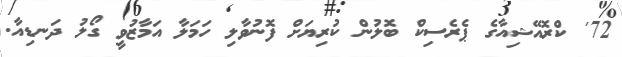
72' ކްރޮއޭޝިއާގެ ޕެރެސިކް ބޮލުން ކުރިޔަށް ފޮނުވާލި ހަމަލާ އަމާޒުވީ ގޯލު ދަނޑިއާ.